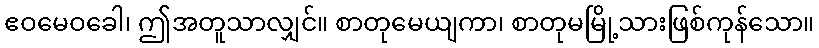
ဧဝမေဝခေါ၊ ဤအတူသာလျှင်။ စာတုမေယျကာ၊ စာတုမမြို့သားဖြစ်ကုန်သော။